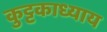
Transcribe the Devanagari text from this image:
कुट्टकाध्याय